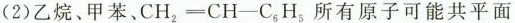
(2)乙烷、甲苯， $$C H _ { 2 } = C H - C _ { 6 } H _ { 5 }$$ 所有原子可能共平面